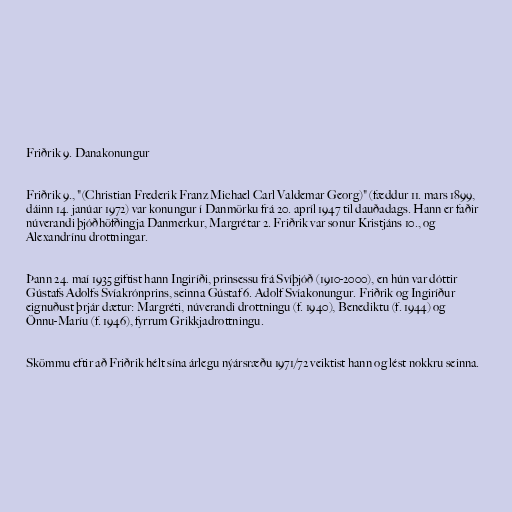
Friðrik 9. Danakonungur

Friðrik 9., "(Christian Frederik Franz Michael Carl Valdemar Georg)" (fæddur 11. mars 1899,
dáinn 14. janúar 1972) var konungur í Danmörku frá 20. apríl 1947 til dauðadags. Hann er faðir
núverandi þjóðhöfðingja Danmerkur, Margrétar 2. Friðrik var sonur Kristjáns 10., og
Alexandrínu drottningar.

Þann 24. maí 1935 giftist hann Ingiríði, prinsessu frá Svíþjóð (1910-2000), en hún var dóttir
Gústafs Adolfs Svíakrónprins, seinna Gústaf 6. Adolf Svíakonungur. Friðrik og Ingiríður
eignuðust þrjár dætur: Margréti, núverandi drottningu (f. 1940), Benediktu (f. 1944) og
Önnu-Maríu (f. 1946), fyrrum Grikkjadrottningu.

Skömmu eftir að Friðrik hélt sína árlegu nýársræðu 1971/72 veiktist hann og lést nokkru seinna.